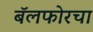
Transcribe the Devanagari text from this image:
बॅलफोरचा